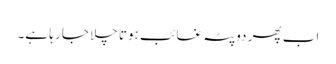
اب پھر دوپٹہ غائب ہوتا چلا جا رہا ہے۔